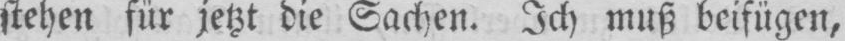
stehen für jetzt die Sachen. Ich muß beifügen,